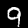
Label: 9